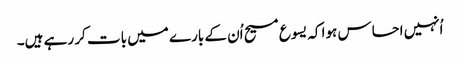
‏ اُنہیں احساس ہوا کہ یسوع مسیح اُن کے بارے میں بات کر رہے ہیں۔